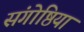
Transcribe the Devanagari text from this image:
संगोष्ठिया